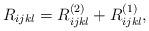
LaTeX: \begin{align*} R_{ijkl}=R^{(2)}_{ijkl}+R^{(1)}_{ijkl}, \end{align*}